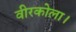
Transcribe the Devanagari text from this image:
वीरकोला।